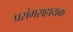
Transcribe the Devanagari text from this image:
प्रसंगसहायक